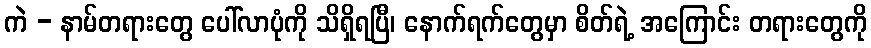
ကဲ - နာမ်တရားတွေ ပေါ်လာပုံကို သိရှိရပြီ၊ နောက်ရက်တွေမှာ စိတ်ရဲ့ အကြောင်း တရားတွေကို